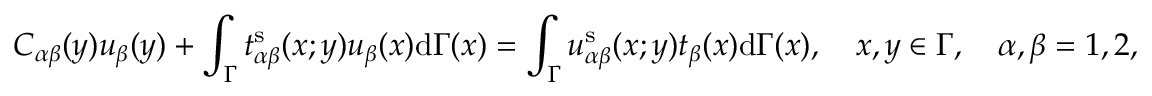
C _ { \alpha \beta } ( \boldsymbol { y } ) u _ { \beta } ( \boldsymbol { y } ) + \int _ { \Gamma } t _ { \alpha \beta } ^ { \mathrm { s } } ( \boldsymbol { x } ; \boldsymbol { y } ) u _ { \beta } ( \boldsymbol { x } ) \mathrm { d } \Gamma ( \boldsymbol { x } ) = \int _ { \Gamma } u _ { \alpha \beta } ^ { \mathrm { s } } ( \boldsymbol { x } ; \boldsymbol { y } ) t _ { \beta } ( \boldsymbol { x } ) \mathrm { d } \Gamma ( \boldsymbol { x } ) , \quad \boldsymbol { x , y } \in \Gamma , \quad \alpha , \beta = 1 , 2 ,